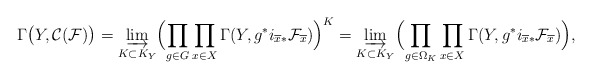
\begin{align*} \Gamma\bigl(Y,\mathcal{C}(\mathcal{F})\bigr)=\varinjlim_{K\subset K_Y} \Bigl(\prod_{g\in G}\prod_{x\in X}\Gamma(Y,g^*i_{\overline{x}*}\mathcal{F}_{\overline{x}})\Bigr)^K =\varinjlim_{K\subset K_Y} \Bigl(\prod_{g\in \Omega_K}\prod_{x\in X}\Gamma(Y,g^*i_{\overline{x}*}\mathcal{F}_{\overline{x}})\Bigr), \end{align*}